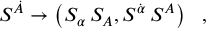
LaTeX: S ^ { \dot { \cal A } } \rightarrow \left( S _ { \alpha } \, S _ { A } , S ^ { \dot { \alpha } } \, S ^ { A } \right) ~ ~ ,